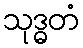
သုဒ္ဓတံ